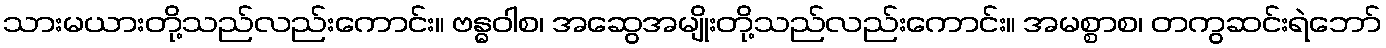
သားမယားတို့သည်လည်းကောင်း။ ဗန္ဓဝါစ၊ အဆွေအမျိုးတို့သည်လည်းကောင်း။ အမစ္စာစ၊ တကွဆင်းရဲဘော်